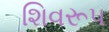
શિવરૂપ